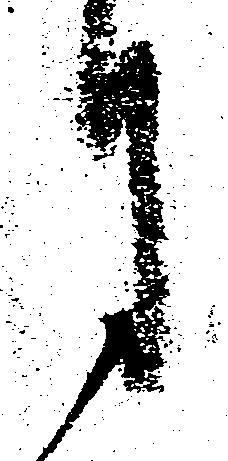
月